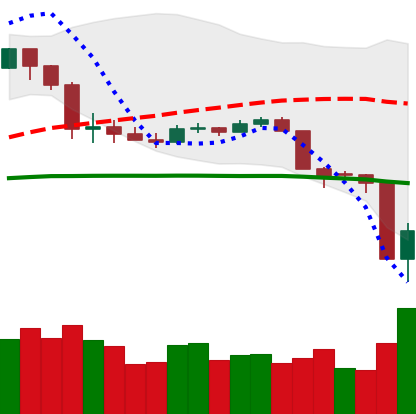
Ticker: LTC-USD
Chart end date: 2020-03-13
Forward return: -10.027%
Label: down_7plus